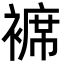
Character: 褯